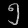
Digit: ၅